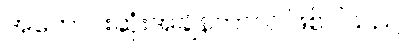
အကောင်းဆုံးအချိန်ကာလ ဖြစ်ပါသည်။